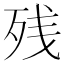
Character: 残